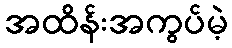
အထိန်းအကွပ်မဲ့